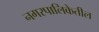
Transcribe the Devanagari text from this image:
नगरपालिकेतील